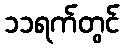
၁၁ရက်တွင်